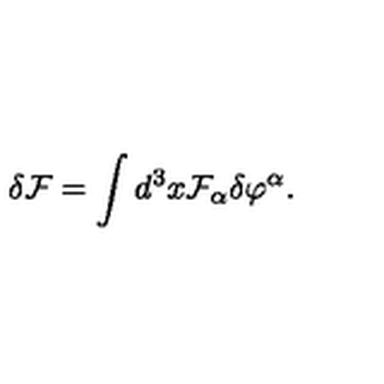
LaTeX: \delta { \cal F } = \int d ^ { 3 } x { \cal F } _ { \alpha } \delta \varphi ^ { \alpha } .